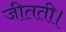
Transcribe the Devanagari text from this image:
जीतती।